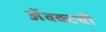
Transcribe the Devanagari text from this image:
ॲवक्टची